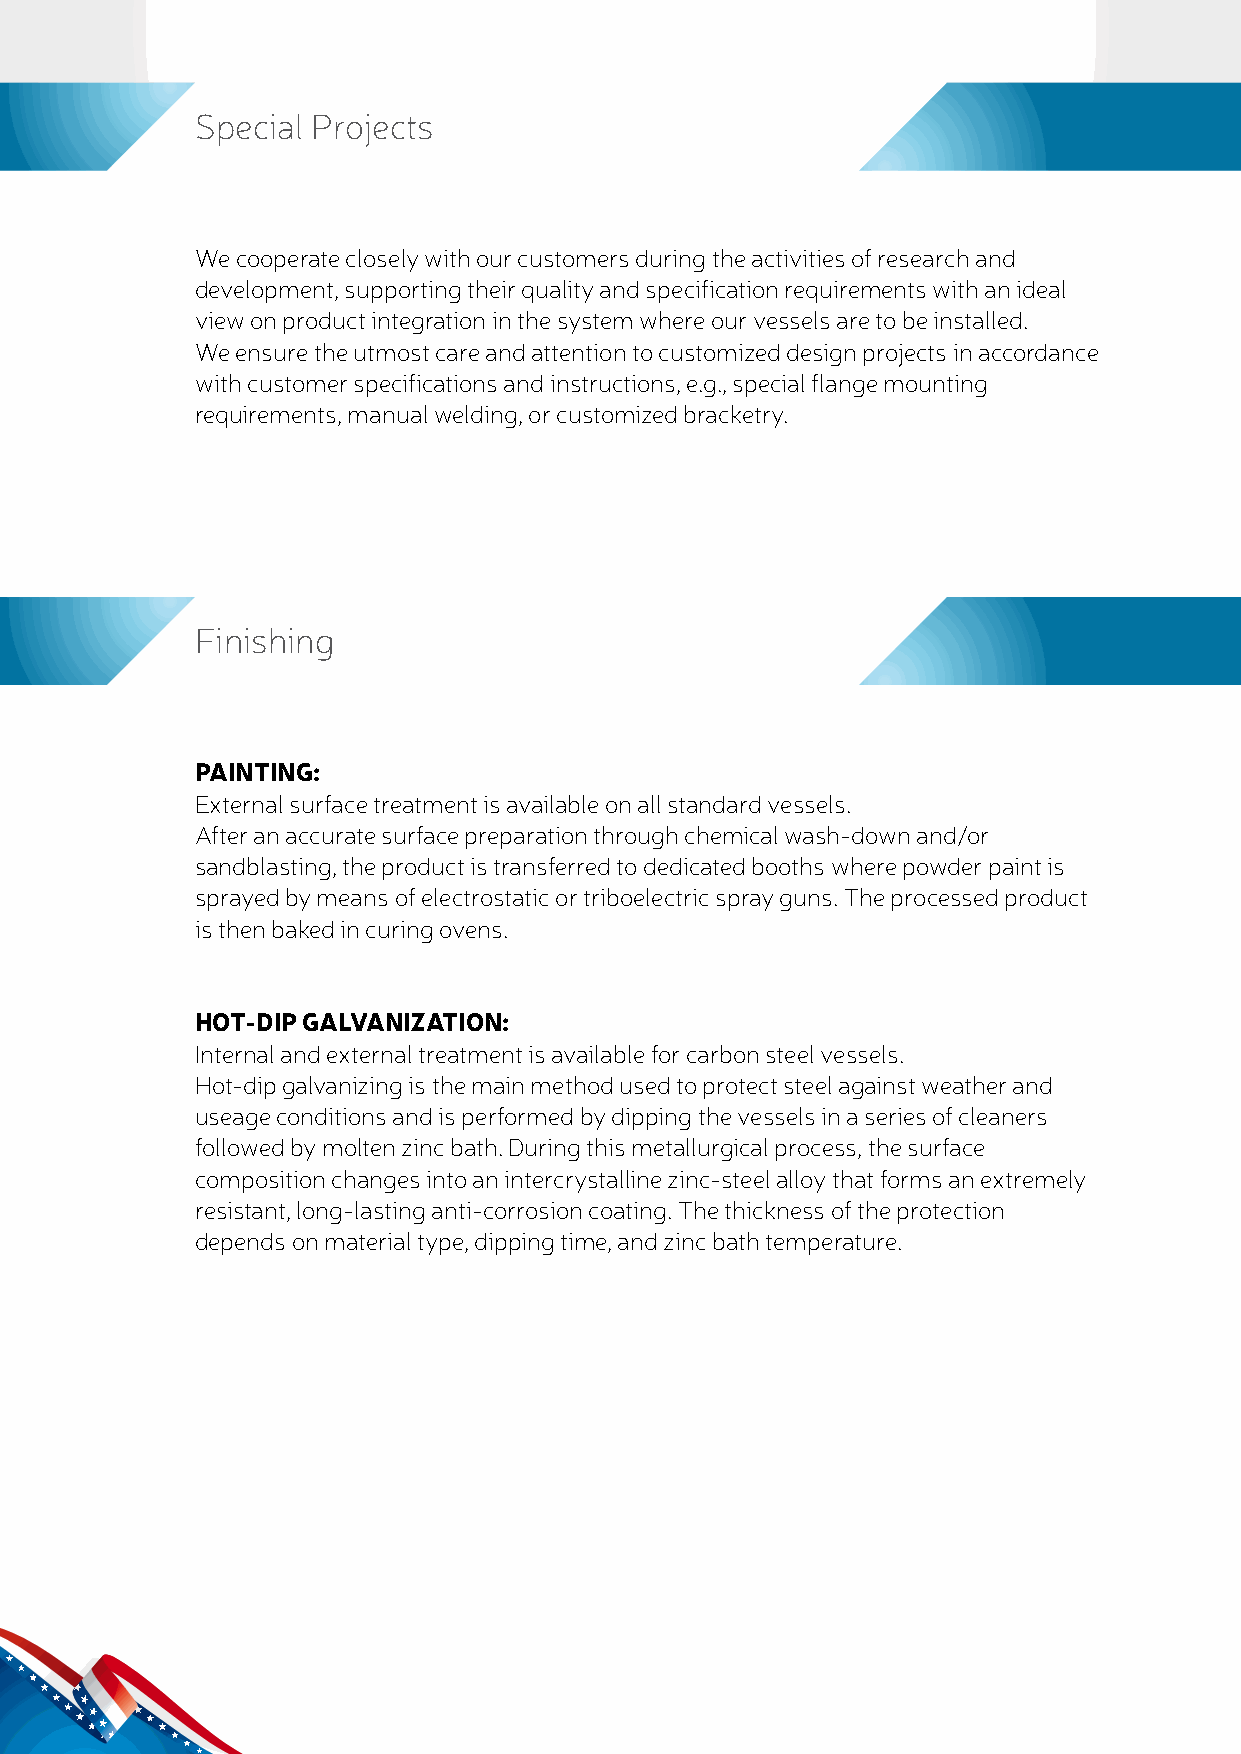
Special Projects
 We cooperate closely with our customers during the activities of research and
 development, supporting their quality and specification requirements with an ideal
 view on product integration in the system where our vessels are to be installed.
 We ensure the utmost care and attention to customized design projects in accordance
 with customer specifications and instructions, e.g., special flange mounting
 requirements, manual welding, or customized bracketry.
 Finishing
 PAINTING:
 External surface treatment is available on all standard vessels.
 After an accurate surface preparation through chemical wash-down and/or
 sandblasting, the product is transferred to dedicated booths where powder paint is
 sprayed by means of electrostatic or triboelectric spray guns. The processed product
 is then baked in curing ovens.
 HOT-DIP GALVANIZATION:
 Internal and external treatment is available for carbon steel vessels.
 Hot-dip galvanizing is the main method used to protect steel against weather and
 useage conditions and is performed by dipping the vessels in a series of cleaners
 followed by molten zinc bath. During this metallurgical process, the surface
 composition changes into an intercrystalline zinc-steel alloy that forms an extremely
 resistant, long-lasting anti-corrosion coating. The thickness of the protection
 depends on material type, dipping time, and zinc bath temperature.